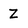
Character: W